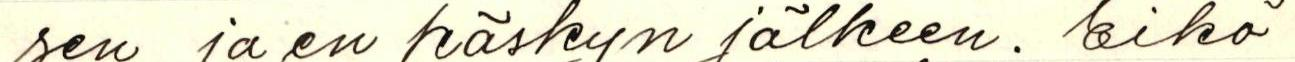
sen ja en käskyn jälkeen. Eikö